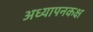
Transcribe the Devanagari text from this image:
अध्यापनकक्ष